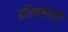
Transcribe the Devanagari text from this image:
इडियोपैथी